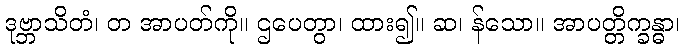
ဒုဗ္ဘာသိတံ၊ တ အာပတ်ကို။ ဌပေတွာ၊ ထား၍။ ဆ၊ န်သော။ အာပတ္တိက္ခန္ဓာ၊